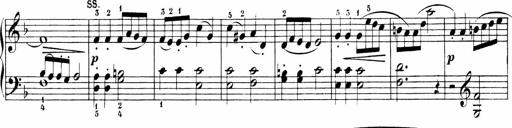
Title: 6 Sonatinas
Composer: Carl Reinecke